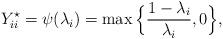
LaTeX: \begin{align*}Y_{ii}^\star = \psi(\lambda_i) = \max \Big\{\frac{1-\lambda_i}{\lambda_i}, 0\Big\},\end{align*}